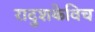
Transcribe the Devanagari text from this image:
रादुशकेविच